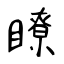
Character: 瞭